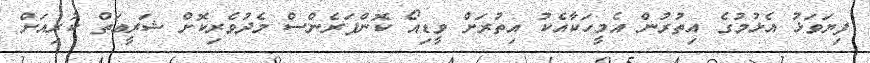
ފިޔަވަޅު އެޅުމުގެ އިތުރުން އެމީހަކާއެކު އިތުރަށް ވީޑިއޯ ކޮންފަރެންސް މެދުވެރިކޮށް ޝަރީޢަތް ކުރިއަށް